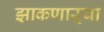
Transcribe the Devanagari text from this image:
झाकणाऱ्या